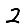
Digit: 2